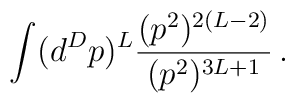
\int (d^D p)^L {(p^2)^{2(L-2)} \over (p^2)^{3L +1}} \,.